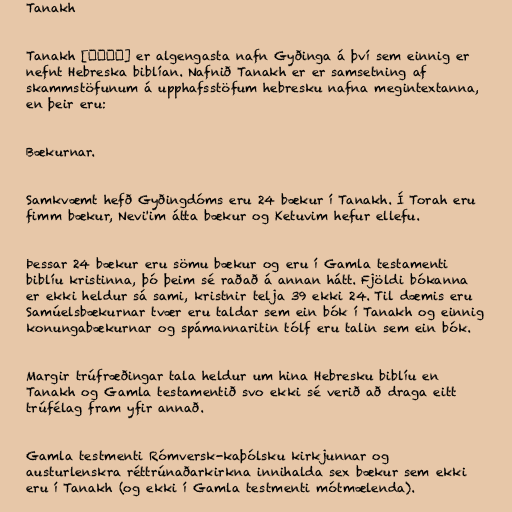
Tanakh

Tanakh [תנ״ך] er algengasta nafn Gyðinga á því sem einnig er
nefnt Hebreska biblían. Nafnið Tanakh er er samsetning af
skammstöfunum á upphafsstöfum hebresku nafna megintextanna,
en þeir eru:

Bækurnar.

Samkvæmt hefð Gyðingdóms eru 24 bækur í Tanakh. Í Torah eru
fimm bækur, Nevi'im átta bækur og Ketuvim hefur ellefu.

Þessar 24 bækur eru sömu bækur og eru í Gamla testamenti
biblíu kristinna, þó þeim sé raðað á annan hátt. Fjöldi bókanna
er ekki heldur sá sami, kristnir telja 39 ekki 24. Til dæmis eru
Samúelsbækurnar tvær eru taldar sem ein bók í Tanakh og einnig
konungabækurnar og spámannaritin tólf eru talin sem ein bók.

Margir trúfræðingar tala heldur um hina Hebresku biblíu en
Tanakh og Gamla testamentið svo ekki sé verið að draga eitt
trúfélag fram yfir annað.

Gamla testmenti Rómversk-kaþólsku kirkjunnar og
austurlenskra réttrúnaðarkirkna innihalda sex bækur sem ekki
eru í Tanakh (og ekki í Gamla testmenti mótmælenda).